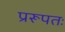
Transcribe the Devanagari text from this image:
प्ररूपतः